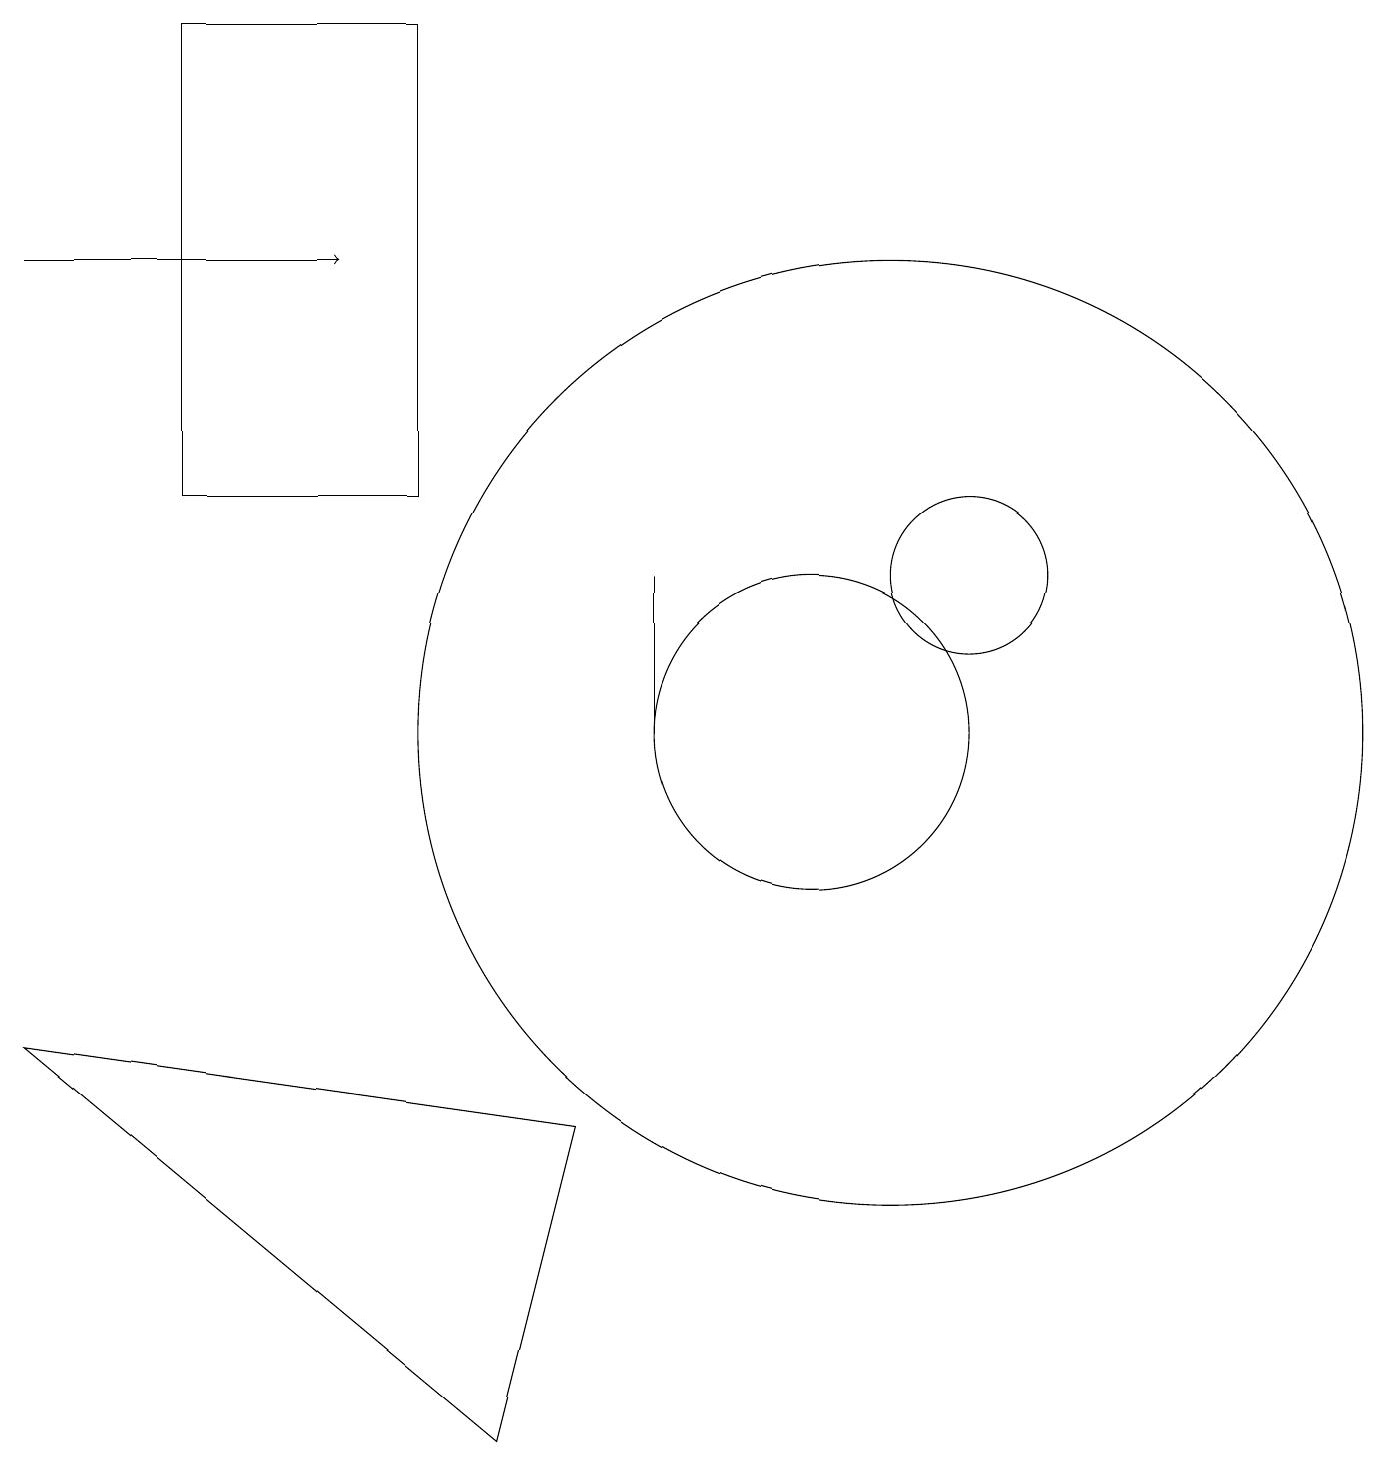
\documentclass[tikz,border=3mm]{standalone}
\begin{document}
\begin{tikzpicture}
\draw (11,10) circle (6);
\draw (8,10) rectangle (8,12);
\draw (10,10) circle (2);
\draw[->] (0,16) -- (4,16);
\draw (12,12) circle (1);
\draw (7,5) -- (6,1) -- (0,6) -- cycle;
\draw (5,13) rectangle (2,19);
\draw (11,11) circle (0);
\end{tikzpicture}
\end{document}